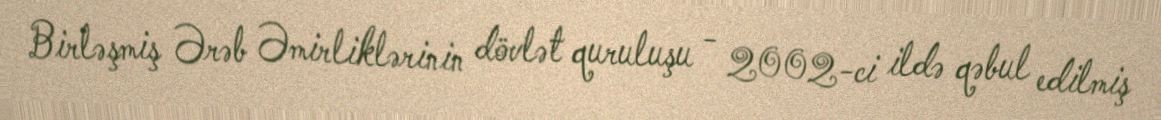
Birləşmiş Ərəb Əmirliklərinin dövlət quruluşu - 2002-ci ildə qəbul edilmiş